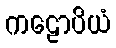
ကဠောပိယံ